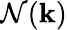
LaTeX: \mathcal{N}({\mathbf{k}})